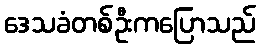
ဒေသခံတစ်ဦးကပြောသည်